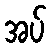
အပ်